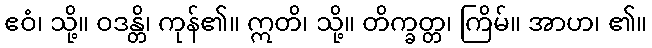
ဧဝံ၊ သို့။ ဝဒန္တိ၊ ကုန်၏။ ဣတိ၊ သို့။ တိက္ခတ္တ၊ ကြိမ်။ အာဟ၊ ၏။